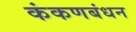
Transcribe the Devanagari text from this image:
कंकणबंधन